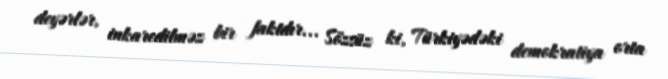
deyərlər, inkaredilməz bir faktdır... Sözsüz ki, Türkiyədəki demokratiya orta